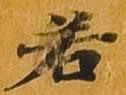
若